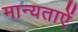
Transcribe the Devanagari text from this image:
मान्यताऐं